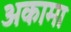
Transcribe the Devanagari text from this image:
अकामा